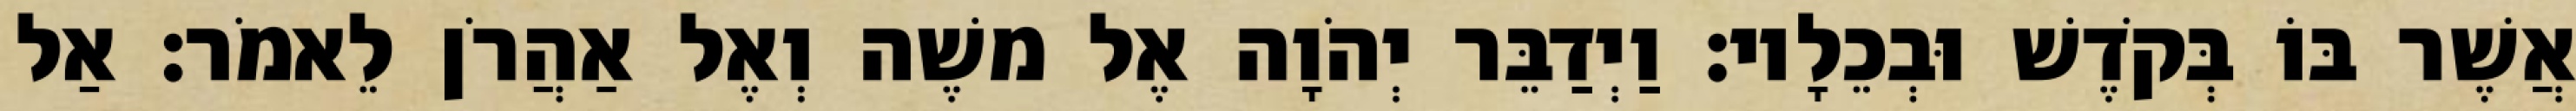
אֲשֶׁר בּוֹ בְּקֹדֶשׁ וּבְכֵלָיו׃ וַיְדַבֵּר יְהֹוָה אֶל משֶׁה וְאֶל אַהֲרֹן לֵאמֹר׃ אַל